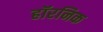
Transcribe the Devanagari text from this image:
हॉरनिक